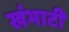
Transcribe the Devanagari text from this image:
खंभाटी